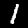
Label: 1